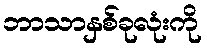
ဘာသာနှစ်ခုလုံးကို